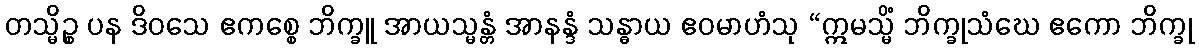
တသ္မိဉ္စ ပန ဒိဝသေ ဧကစ္စေ ဘိက္ခူ အာယသ္မန္တံ အာနန္ဒံ သန္ဓာယ ဧဝမာဟံသု “ဣမသ္မိံ ဘိက္ခုသံဃေ ဧကော ဘိက္ခု